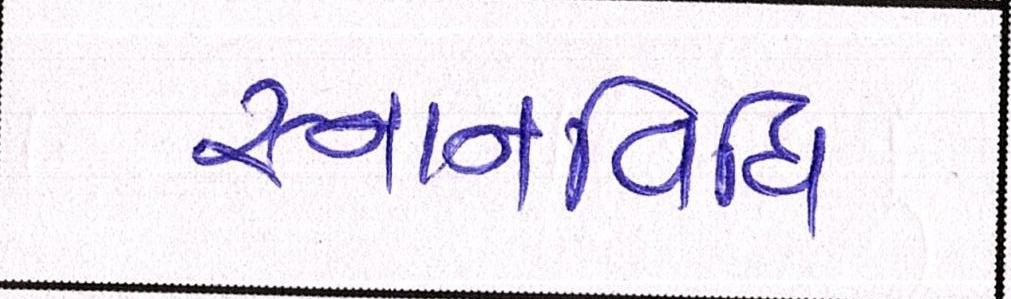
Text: સ્નાનવિધિ